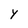
Character: y